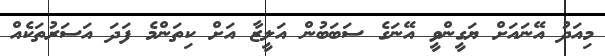
މިއަދު އޭނައަށް ޔަގީންވީ އޭނަގެ ސަބަބުން އަލީޒާ އަށް ކިތަންމެ ފަދަ އަސަރުތަކެއް